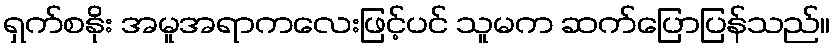
ရှက်စနိုး အမူအရာကလေးဖြင့်ပင် သူမက ဆက်ပြောပြန်သည်။